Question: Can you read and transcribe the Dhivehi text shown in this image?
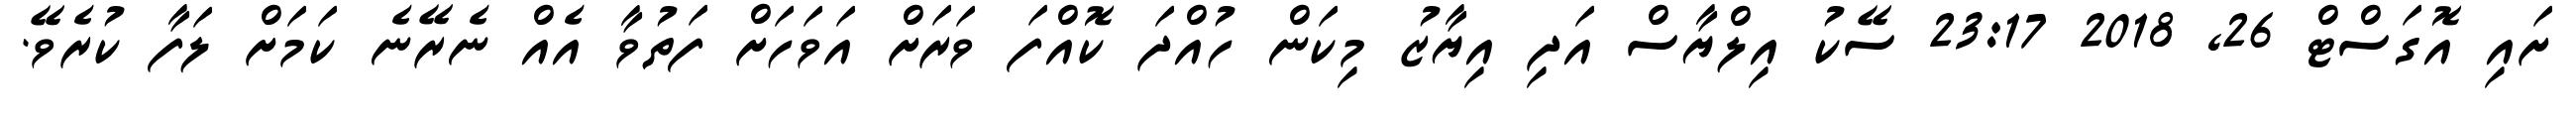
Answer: ށައި އޮގަސްޓް 26, 2018 23:17 ސޭކު އިލްޔާސް އަދި އިޔާޒު މިކަން ހުއްދަ ކޮއްފަ ވަރަށް އަވަހަށް ފަތުވާ އެއް ނެރޭނެ ކަމަށް ލަފާ ކުރެވޭ.